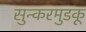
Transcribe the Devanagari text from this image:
सुन्करमुडकू